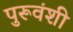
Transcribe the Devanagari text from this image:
पुरूवंशी